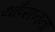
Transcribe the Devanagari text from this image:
थाँप्सनना